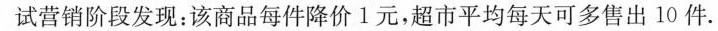
试营销阶段发现：该商品每件降价l元，超市平均每天可多售出10件.